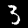
Digit: 3